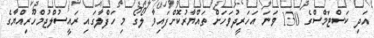
އަދި ކަސްޓަމްސްގެ 130 ވަނަ އަހަރީދުވަހަށް ތައްޔާރުކޮށްފައިވާ ލޯގޯ މި ހަފްލާގައި ރައީސުލްޖުމްހޫރިއްޔާގެ